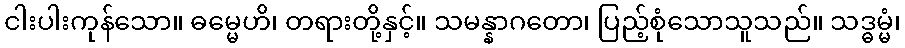
ငါးပါးကုန်သော။ ဓမ္မေဟိ၊ တရားတို့နှင့်။ သမန္နာဂတော၊ ပြည့်စုံသောသူသည်။ သဒ္ဓမ္မံ၊